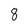
Character: 8